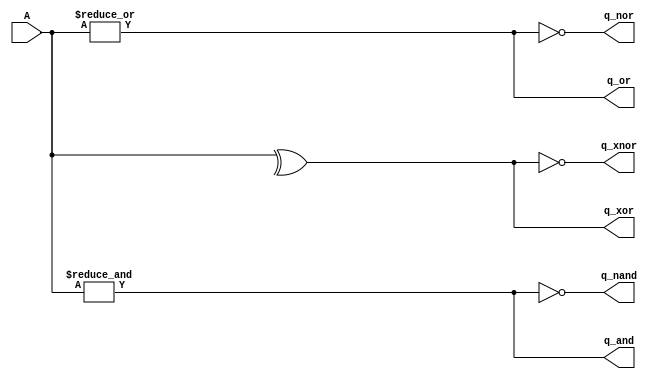

module test_logic
  #(parameter WID = 4)
   (input wire [WID-1:0] A,
    output reg q_and, q_or, q_xor, q_nand, q_nor, q_xnor);

   always @(A) begin
      q_and = &A;
      q_or  = |A;
      q_xor = ^A;
      q_nand = ~q_and;
      q_nor  = ~q_or;
      q_xnor = ~q_xor;
   end

endmodule // test_logic